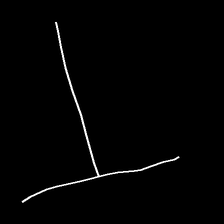
Glyph: column